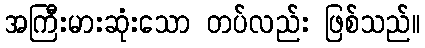
အကြီးမားဆုံးသော တပ်လည်း ဖြစ်သည်။